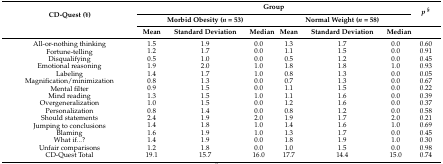
| <ROWSPAN=3> CD-Quest (¥) | <COLSPAN=6> Group | <ROWSPAN=2> p§ |
 | <COLSPAN=3> Morbid Obesity (n = 53) | <COLSPAN=3> Normal Weight (n = 58) |
 | Mean | Standard Deviation | Median | Mean | Standard Deviation | Median |  |
 | --- | --- | --- | --- | --- | --- | --- | --- |
 | All-or-nothing thinking | 1.5 | 1.9 | 0.0 | 1.3 | 1.7 | 0.0 | 0.60 |
 | Fortune-telling | 1.2 | 1.7 | 0.0 | 1.1 | 1.5 | 0.0 | 0.91 |
 | Disqualifying | 0.5 | 1.0 | 0.0 | 0.5 | 1.2 | 0.0 | 0.45 |
 | Emotional reasoning | 1.9 | 2.0 | 1.0 | 1.8 | 1.8 | 1.0 | 0.93 |
 | Labeling | 1.4 | 1.7 | 1.0 | 0.8 | 1.3 | 0.0 | 0.05 |
 | Magnification/minimization | 0.8 | 1.3 | 0.0 | 0.7 | 1.3 | 0.0 | 0.67 |
 | Mental filter | 0.9 | 1.5 | 0.0 | 1.1 | 1.5 | 0.0 | 0.22 |
 | Mind reading | 1.3 | 1.5 | 1.0 | 1.1 | 1.6 | 0.0 | 0.39 |
 | Overgeneralization | 1.0 | 1.5 | 0.0 | 1.2 | 1.6 | 0.0 | 0.37 |
 | Personalization | 0.8 | 1.4 | 0.0 | 0.8 | 1.2 | 0.0 | 0.58 |
 | Should statements | 2.4 | 1.9 | 2.0 | 1.9 | 1.7 | 2.0 | 0.21 |
 | Jumping to conclusions | 1.4 | 1.8 | 1.0 | 1.4 | 1.6 | 1.0 | 0.69 |
 | Blaming | 1.6 | 1.9 | 1.0 | 1.3 | 1.7 | 0.0 | 0.45 |
 | What if...? | 1.4 | 1.9 | 0.0 | 1.8 | 1.9 | 1.0 | 0.30 |
 | Unfair comparisons | 1.2 | 1.8 | 0.0 | 1.0 | 1.5 | 0.0 | 0.98 |
 | CD-Quest Total | 19.1 | 15.7 | 16.0 | 17.7 | 14.4 | 15.0 | 0.74 |